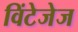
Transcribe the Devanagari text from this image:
विंटेजेज